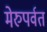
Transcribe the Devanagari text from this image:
मेरुपर्वत